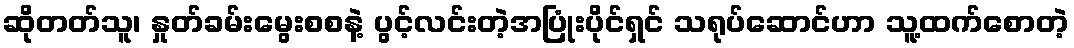
ဆိုတတ်သူ၊ နှုတ်ခမ်းမွေးစစနဲ့ ပွင့်လင်းတဲ့အပြုံးပိုင်ရှင် သရုပ်ဆောင်ဟာ သူ့ထက်စောတဲ့